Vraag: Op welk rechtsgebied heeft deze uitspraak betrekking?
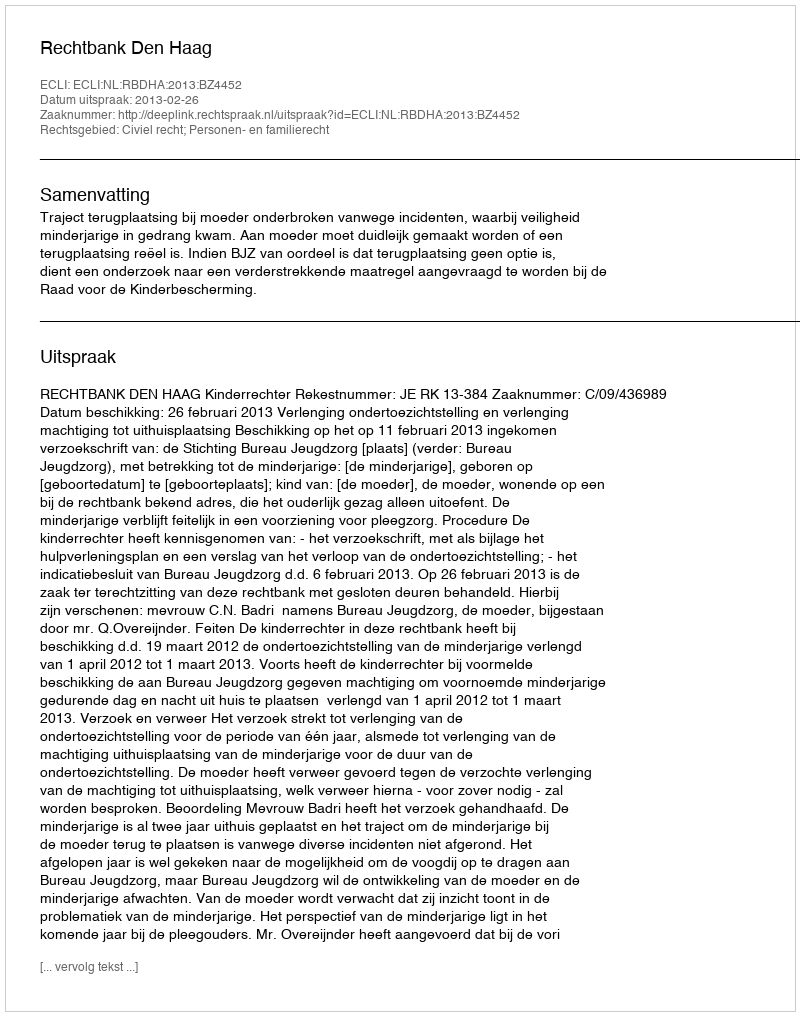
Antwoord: Civiel recht; Personen- en familierecht